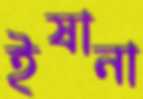
ইষানা